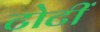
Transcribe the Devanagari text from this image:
टोटीं